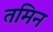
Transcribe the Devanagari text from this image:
तमिन